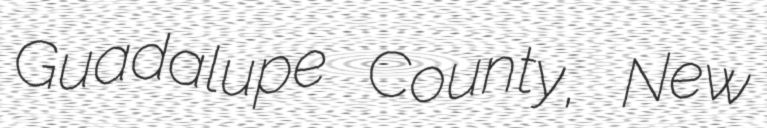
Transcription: Guadalupe County, New